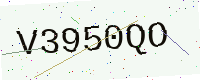
Text: V3950QO